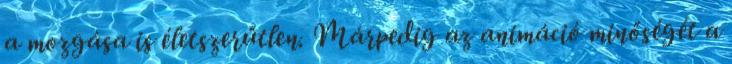
a mozgása is életszerűtlen. Márpedig az animáció minőségét a